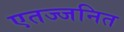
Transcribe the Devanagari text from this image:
एतज्जनित